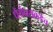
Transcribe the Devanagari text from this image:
धैर्यधराकडेच